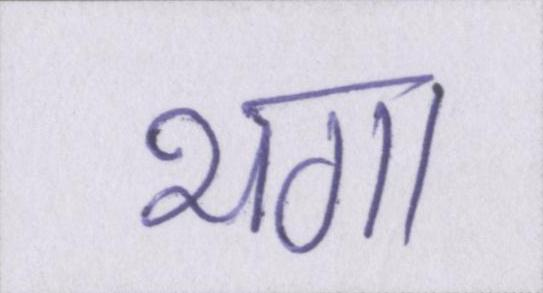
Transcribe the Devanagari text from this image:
भगा